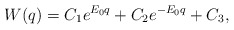
\begin{align*}W(q) = C_1 e^{E_0 q}+ C_2 e^{-E_0 q}+C_3,\end{align*}